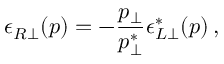
\epsilon _ { R \perp } ( p ) = - { \frac { p _ { \perp } } { p _ { \perp } ^ { * } } } \epsilon _ { L \perp } ^ { * } ( p ) \, ,